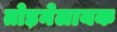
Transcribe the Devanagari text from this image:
तोड़नेलायक